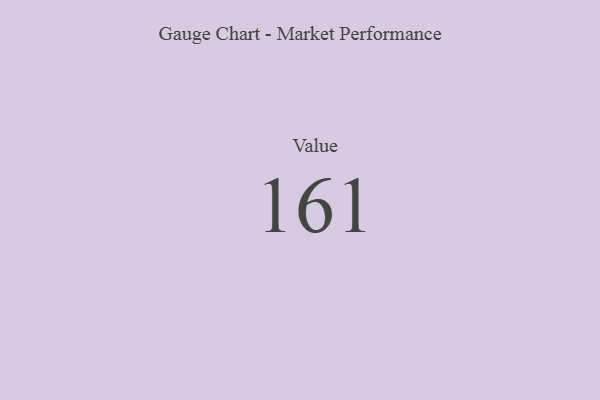
{"axis": {"x": "Metric", "y": "Value"}, "legend": [""], "data": [{"x": "Value", "y": 161, "type": ""}]}